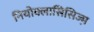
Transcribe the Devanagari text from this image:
नियोक्लासिसिज्म़